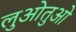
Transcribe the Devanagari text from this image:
लुओतुओ